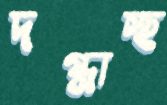
দগ্ধাচ্ছ